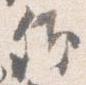
卿